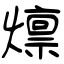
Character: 燷